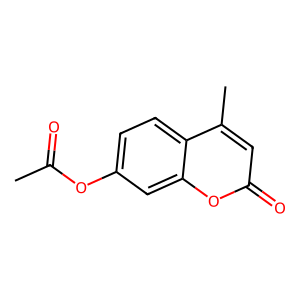
SMILES: CC(=O)Oc1ccc2c(C)cc(=O)oc2c1
Inhibits HIV replication: No